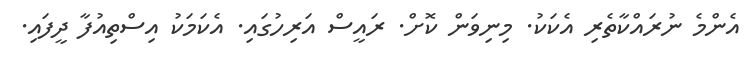
އެންމެ ނުރައްކާތެރި އެކަކު. މިނިވަން ކޮށް. ރައީސް އަރިހުގައި. އެކަމަކު އިސްތިއުފާ ދީފައި.